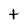
Character: t